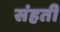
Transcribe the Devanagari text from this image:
संहती